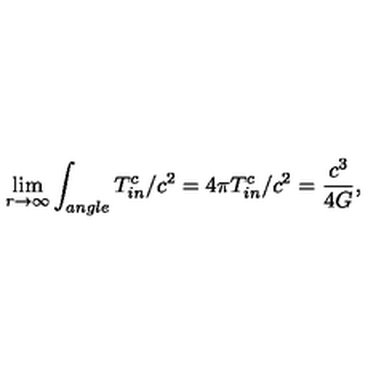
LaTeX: \lim _ { r \rightarrow \infty } \int _ { a n g l e } T _ { i n } ^ { c } / c ^ { 2 } = 4 \pi T _ { i n } ^ { c } / c ^ { 2 } = \frac { c ^ { 3 } } { 4 G } ,